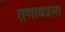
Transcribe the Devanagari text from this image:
तणावग्रस्त